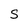
Character: S